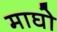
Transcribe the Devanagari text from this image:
माघो